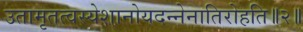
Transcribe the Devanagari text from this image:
उतामृतत्वस्येशानोयदन्नेनातिरोहति॥२॥